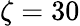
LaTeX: \zeta=30